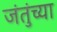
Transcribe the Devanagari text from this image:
जंतुंच्या